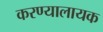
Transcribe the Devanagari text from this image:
करण्यालायक